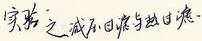
实验之成,不在难易与巨细.